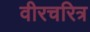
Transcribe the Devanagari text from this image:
वीरचरित्र